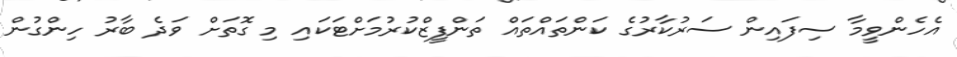
އެހެންވީމާ ސިފައިން ސަރުކާރުގެ ކަންތައްތައް ތަންފީޒްކުރުމަށްޓަކައި މި ގޮތަށް ވަދެ ބާރު ހިންގުން